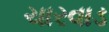
ચારવાડ